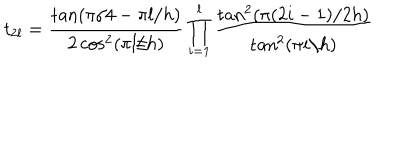
t _ { 2 l } = \frac { \tan \left( \pi / 4 - \pi l / h \right) } { 2 \cos ^ { 2 } ( \pi l / h ) } \prod _ { i = 1 } ^ { l } \frac { \tan ^ { 2 } ( \pi ( 2 i - 1 ) / 2 h ) } { \tan ^ { 2 } ( \pi i / h ) }